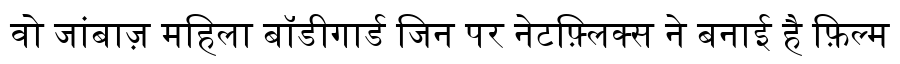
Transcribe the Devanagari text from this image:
वो जांबाज़ महिला बॉडीगार्ड जिन पर नेटफ़्लिक्स ने बनाई है फ़िल्म